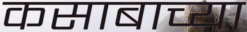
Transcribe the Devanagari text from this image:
कसाबाच्या